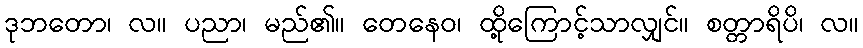
ဒုဘတော၊ လ။ ပညာ၊ မည်၏။ တေနေဝ၊ ထို့ကြောင့်သာလျှင်။ စတ္တာရိပိ၊ လ။